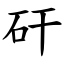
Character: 矸